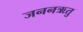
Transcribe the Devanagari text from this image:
जननऋतु